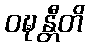
ဝဍ္ဎန္တီတိ